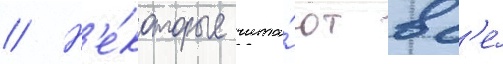
// Н'е́которые чита́ют вс'е́